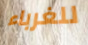
للغرباء